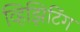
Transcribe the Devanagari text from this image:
व्हिझिटिंग